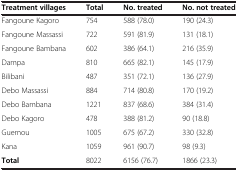
<table><thead><tr><td><b>Treatment villages</b></td><td><b>Total</b></td><td><b>No. treated</b></td><td><b>No. not treated</b></td></tr></thead><tbody><tr><td>Fangoune Kagoro</td><td>754</td><td>588 (78.0)</td><td>190 (24.3)</td></tr><tr><td>Fangoune Massassi</td><td>722</td><td>591 (81.9)</td><td>131 (18.1)</td></tr><tr><td>Fangoune Bambana</td><td>602</td><td>386 (64.1)</td><td>216 (35.9)</td></tr><tr><td>Dampa</td><td>810</td><td>665 (82.1)</td><td>145 (17.9)</td></tr><tr><td>Bilibani</td><td>487</td><td>351 (72.1)</td><td>136 (27.9)</td></tr><tr><td>Debo Massassi</td><td>884</td><td>714 (80.8)</td><td>170 (19.2)</td></tr><tr><td>Debo Bambana</td><td>1221</td><td>837 (68.6)</td><td>384 (31.4)</td></tr><tr><td>Debo Kagoro</td><td>478</td><td>388 (81.2)</td><td>90 (18.8)</td></tr><tr><td>Guemou</td><td>1005</td><td>675 (67.2)</td><td>330 (32.8)</td></tr><tr><td>Kana</td><td>1059</td><td>961 (90.7)</td><td>98 (9.3)</td></tr><tr><td><b>Total</b></td><td>8022</td><td>6156 (76.7)</td><td>1866 (23.3)</td></tr></tbody></table>